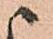
ま